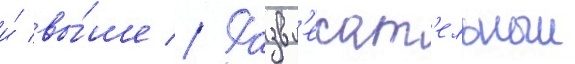
и́ вы́ше // Развл'екат'ельныи